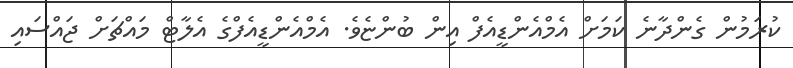
ކުރަމުން ގެންދާނެ ކަމަށް އެމްއެންޑީއެފް އިން ބުންޏެވެ. އެމްއެންޑީއެފްގެ އެލާޓް މައްޗަށް ޖައްސައި